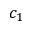
c _ { 1 }